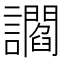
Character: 讇